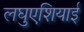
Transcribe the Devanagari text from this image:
लघुएशियाई